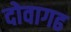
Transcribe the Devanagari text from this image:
दोवागढ